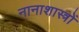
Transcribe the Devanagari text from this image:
नानाशास्त्रों